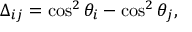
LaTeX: \Delta _ { i j } = \cos ^ { 2 } \theta _ { i } - \cos ^ { 2 } \theta _ { j } ,